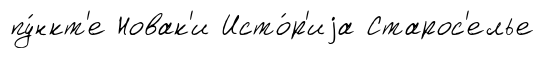
пу́нкт'е Новак'и Исто́р'иjа Старос'елье